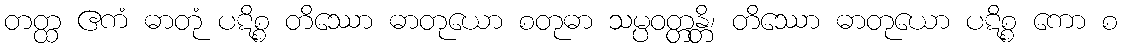
တတ္ထ ဧကံ ဓာတုံ ပဋိစ္စ တိဿော ဓာတုယော စတုဓာ သမ္ပဝတ္တန္တိ၊ တိဿော ဓာတုယော ပဋိစ္စ ကော စ